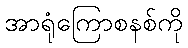
အာရုံကြောစနစ်ကို